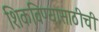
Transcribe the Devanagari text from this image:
शिकविण्यासाठीची